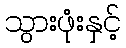
သွားဖုံးနှင့်